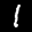
Label: 1